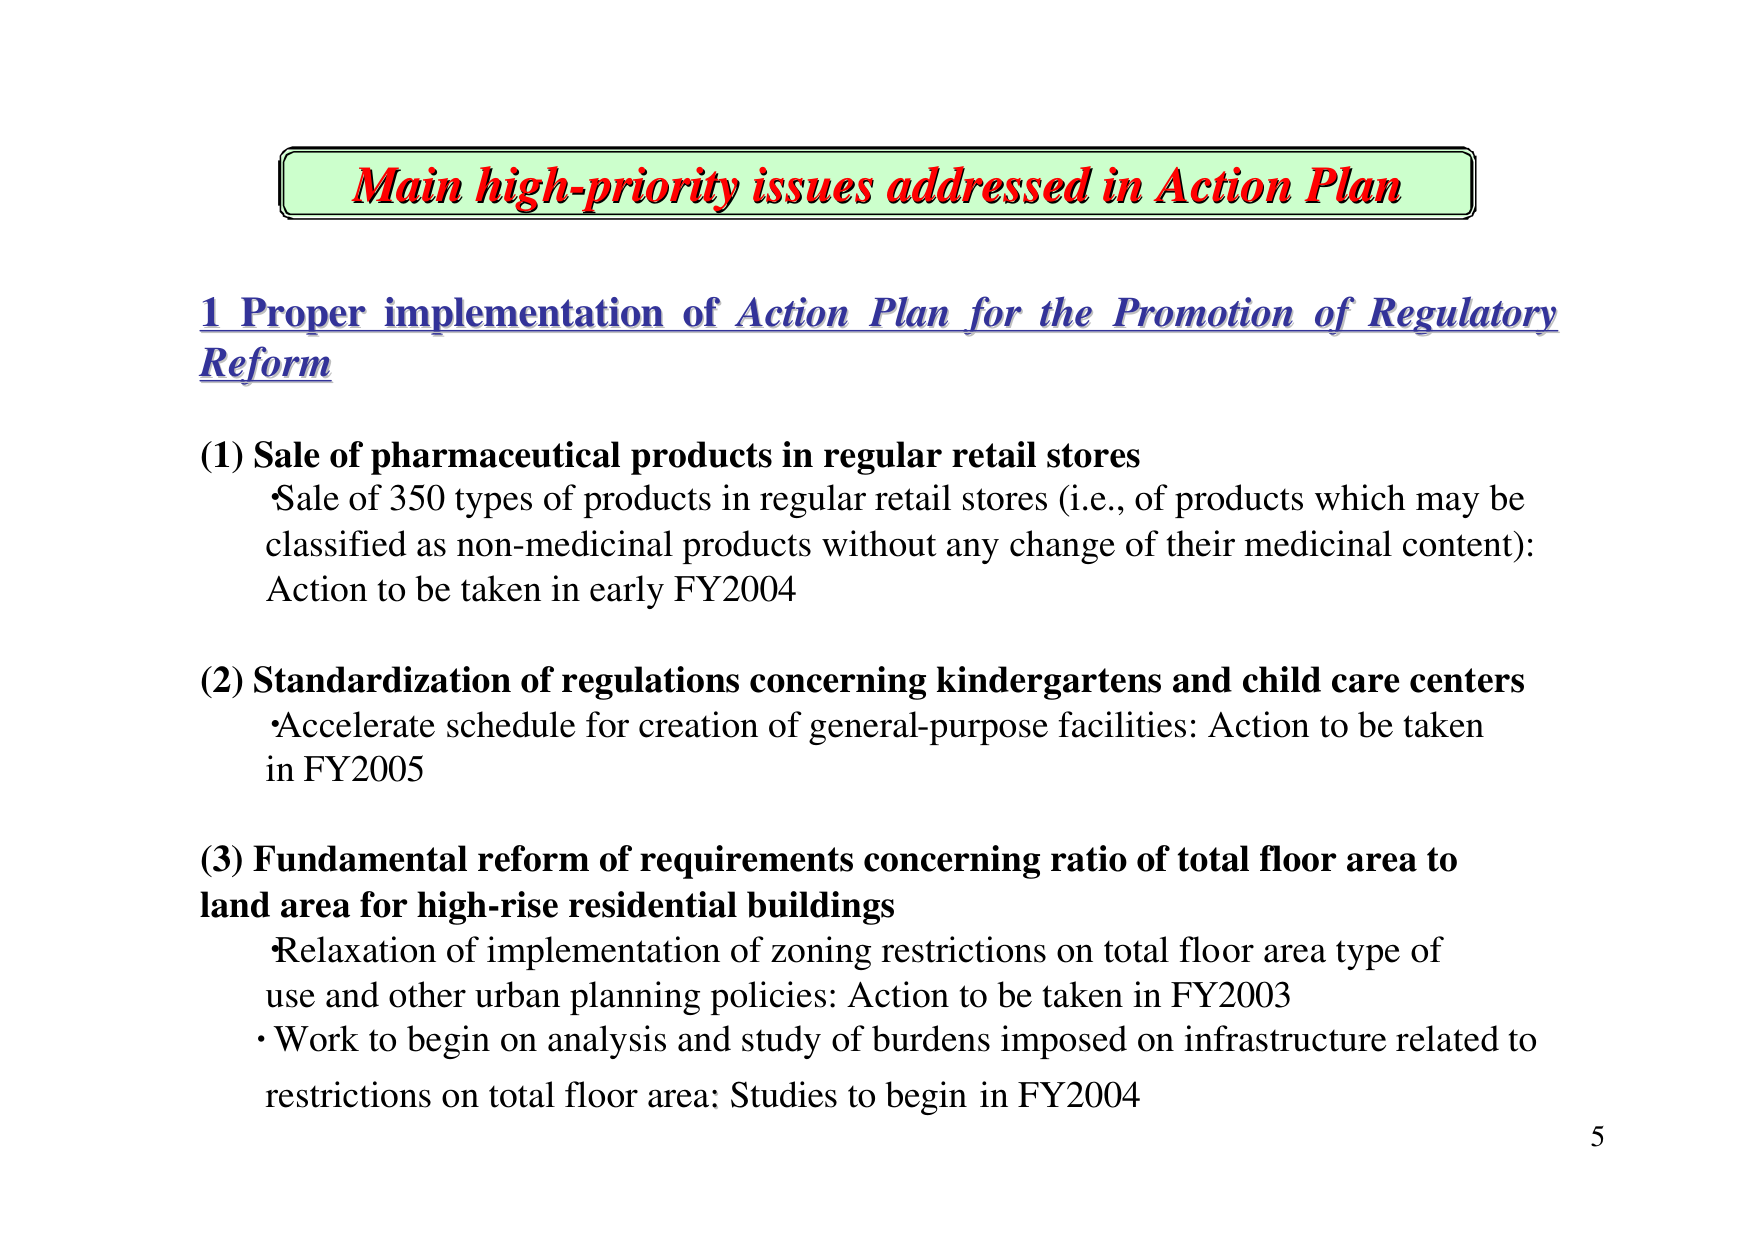
Main high-priority issues addressed in Action Plan

1 Proper implementation of Action Plan for the Promotion of Regulatory Reform

(1) Sale of pharmaceutical products in regular retail stores
• Sale of 350 types of products in regular retail stores (i.e., of products which may be classified as non-medicinal products without any change of their medicinal content): Action to be taken in early FY2004

(2) Standardization of regulations concerning kindergartens and child care centers
• Accelerate schedule for creation of general-purpose facilities: Action to be taken in FY2005

(3) Fundamental reform of requirements concerning ratio of total floor area to land area for high-rise residential buildings
• Relaxation of implementation of zoning restrictions on total floor area type of use and other urban planning policies: Action to be taken in FY2003
• Work to begin on analysis and study of burdens imposed on infrastructure related to restrictions on total floor area: Studies to begin in FY2004

5